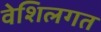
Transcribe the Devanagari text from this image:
वेशिलगत